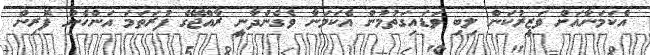
އެކަމަނާއަށް ވަޒީރުކަން ލިބި ވަޑައިގަތުމުން އެކަމަނާ ވެގެންދާނީ ރާއްޖޭގެ ފުރަތަމަ އަންހެން ފޮރިން